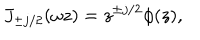
LaTeX: J _ { \pm j / 2 } ( \omega z ) = z ^ { \pm j / 2 } \phi ( z ) ,